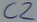
Text: C2